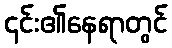
၎င်း၏နေရာတွင်